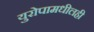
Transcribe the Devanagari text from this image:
युरोपामधीलही